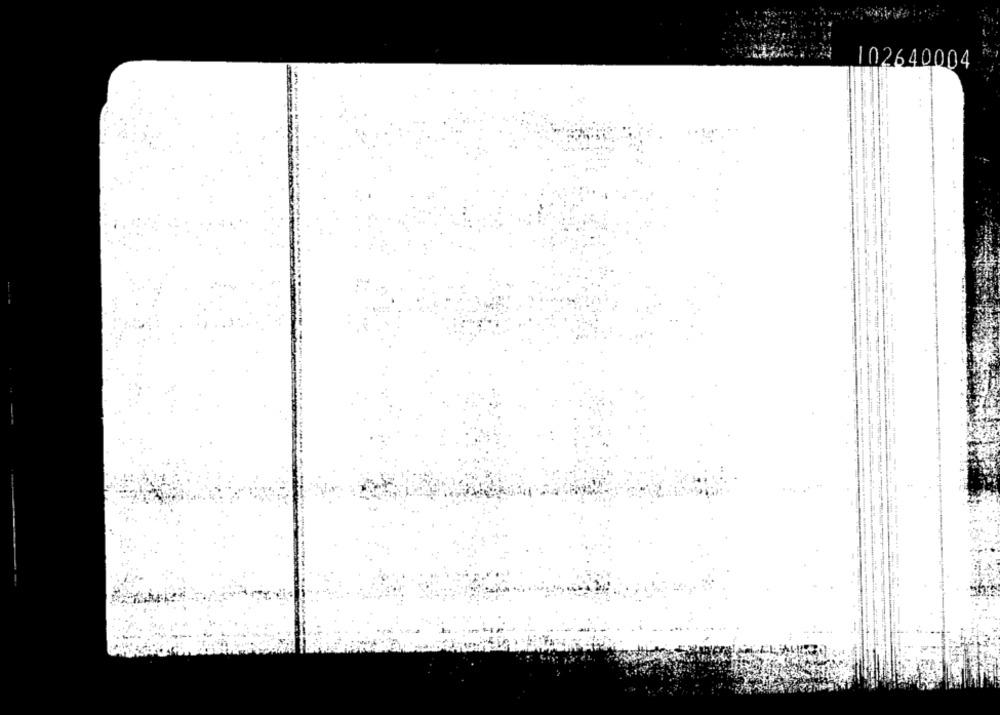
102640004